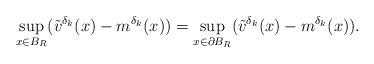
LaTeX: \begin{align*} \sup_{x\in B_R}(\tilde{v}^{\delta_k}(x)-m^{\delta_k}(x))=\sup_{x\in\partial B_R}(\tilde{v}^{\delta_k}(x)-m^{\delta_k}(x)).\end{align*}